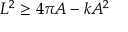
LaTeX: L ^ { 2 } \geq 4 \pi A - k A ^ { 2 }